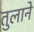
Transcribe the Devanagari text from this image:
तुलाने